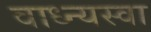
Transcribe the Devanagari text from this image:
वाध्न्यस्वा